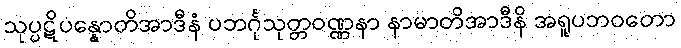
သုပ္ပဋိပန္နောတိအာဒီနံ ပဘင်္ဂုသုတ္တဝဏ္ဏနာ နာမာတိအာဒီနိ အရူပဘဝတော